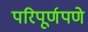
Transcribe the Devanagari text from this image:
परिपूर्णपणे